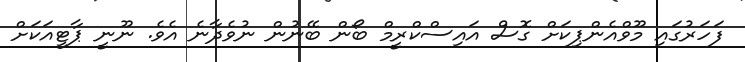
ފަހަރުގައި މޫވްއެންޕިކަށް ގޮސް އައިސްކްރީމް ބޯން ބޭނުން ނުވެދާނެ އެވެ. ނޫނީ ޕާޓީއަކަށް